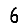
Digit: 6